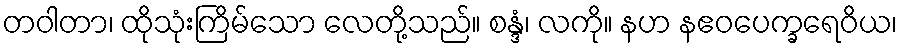
တဝါတာ၊ ထိုသုံးကြိမ်သော လေတို့သည်။ စန္ဒံ၊ လကို။ နဟ နဧဝပေက္ခရေဝိယ၊